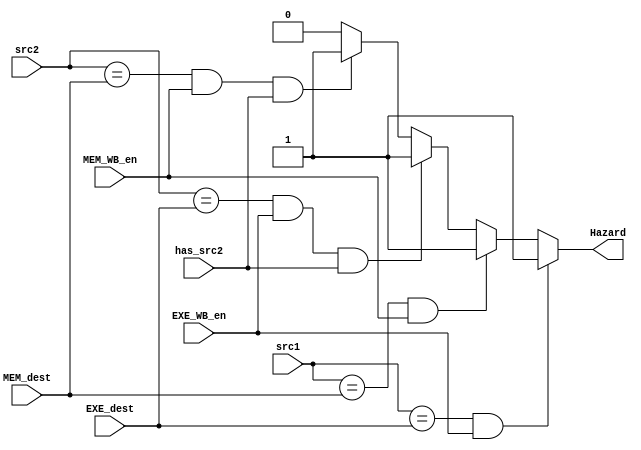
module HazardDetection (
    input  [3:0] src1,
    input  [3:0] src2,
    input  [3:0] EXE_dest,
    input  [3:0] MEM_dest,
    input        EXE_WB_en,
    input        MEM_WB_en,
    input        has_src2,
    output reg   Hazard
);

always @(*) begin
	Hazard = 1'b0;
    if ((src1 == EXE_dest) && (EXE_WB_en == 1'b1)) begin
        Hazard = 1'b1;
    end
    else if ((src1 == MEM_dest) && (MEM_WB_en == 1'b1)) begin
        Hazard = 1'b1;
    end
    else if ((src2 == EXE_dest) && (EXE_WB_en == 1'b1) && (has_src2 == 1'b1)) begin
        Hazard = 1'b1;
    end
    else if ((src2 == MEM_dest) && (MEM_WB_en == 1'b1) && (has_src2 == 1'b1)) begin
        Hazard = 1'b1;
    end

end

endmodule